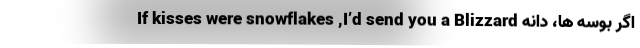
If kisses were snowflakes ,I’d send you a Blizzard اگر بوسه ها، دانه